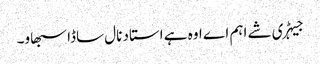
جیہڑی شے اہم اے اوہ ہے استاد نال ساڈا سبھاو۔